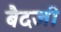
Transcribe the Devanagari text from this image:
बैदजी